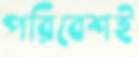
পরিবেশই